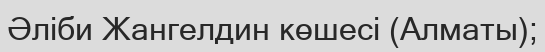
Әліби Жангелдин көшесі (Алматы);